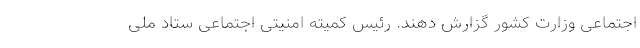
اجتماعی وزارت کشور گزارش دهند. رئیس کمیته امنیتی اجتماعی ستاد ملی